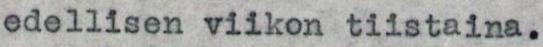
edellisen viikon tiistaina.